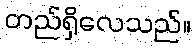
တည်ရှိလေသည်။